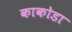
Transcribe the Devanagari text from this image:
काकोडा